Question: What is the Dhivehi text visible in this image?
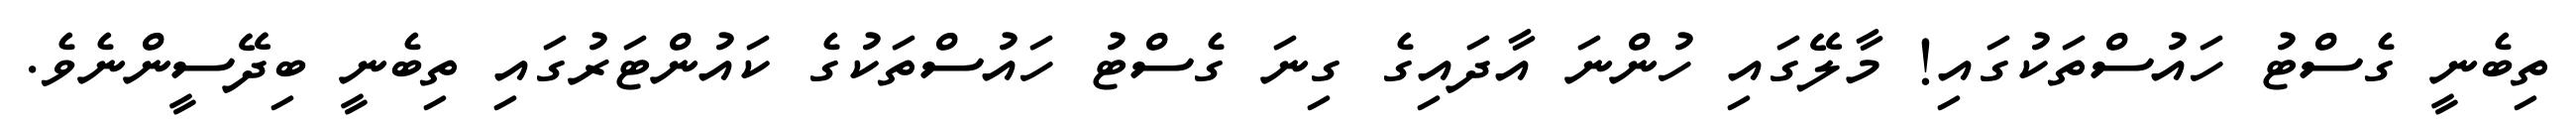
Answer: ތިބެނީ ގެސްޓު ހައުސްތަކުގައި! މާލޭގައި ހުންނަ އާދައިގެ ގިނަ ގެސްޓު ހައުސްތަކުގެ ކައުންޓަރުގައި ތިބެނީ ބިދޭސީންނެވެ.